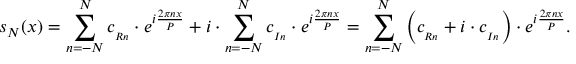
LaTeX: s _ { N } ( x ) = \sum _ { n = - N } ^ { N } c _ { _ { R n } } \cdot e ^ { i { \frac { 2 \pi n x } { P } } } + i \cdot \sum _ { n = - N } ^ { N } c _ { _ { I n } } \cdot e ^ { i { \frac { 2 \pi n x } { P } } } = \sum _ { n = - N } ^ { N } \left( c _ { _ { R n } } + i \cdot c _ { _ { I n } } \right) \cdot e ^ { i { \frac { 2 \pi n x } { P } } } .